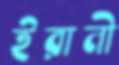
ইরানী